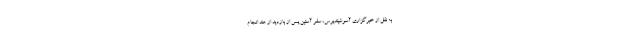
به نقل از خبرگزاری آسوشیتدپرس، سفر آستین پس از بازدید از هند انجام